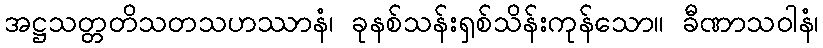
အဋ္ဌသတ္တတိသတသဟဿာနံ၊ ခုနစ်သန်းရှစ်သိန်းကုန်သော။ ခီဏာသဝါနံ၊